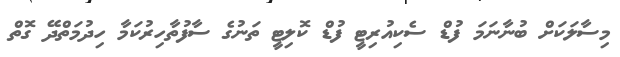
މިސާލަކަށް ބުނާނަމަ ފުޑް ސެކިއުރިޓީ ފުޑް ކޮލިޓީ ތަނުގެ ސާފުތާހިރުކަމާ ހިދުމަތްދޭ ގޮތް